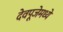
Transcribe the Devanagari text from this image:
देवपूजेमध्ये